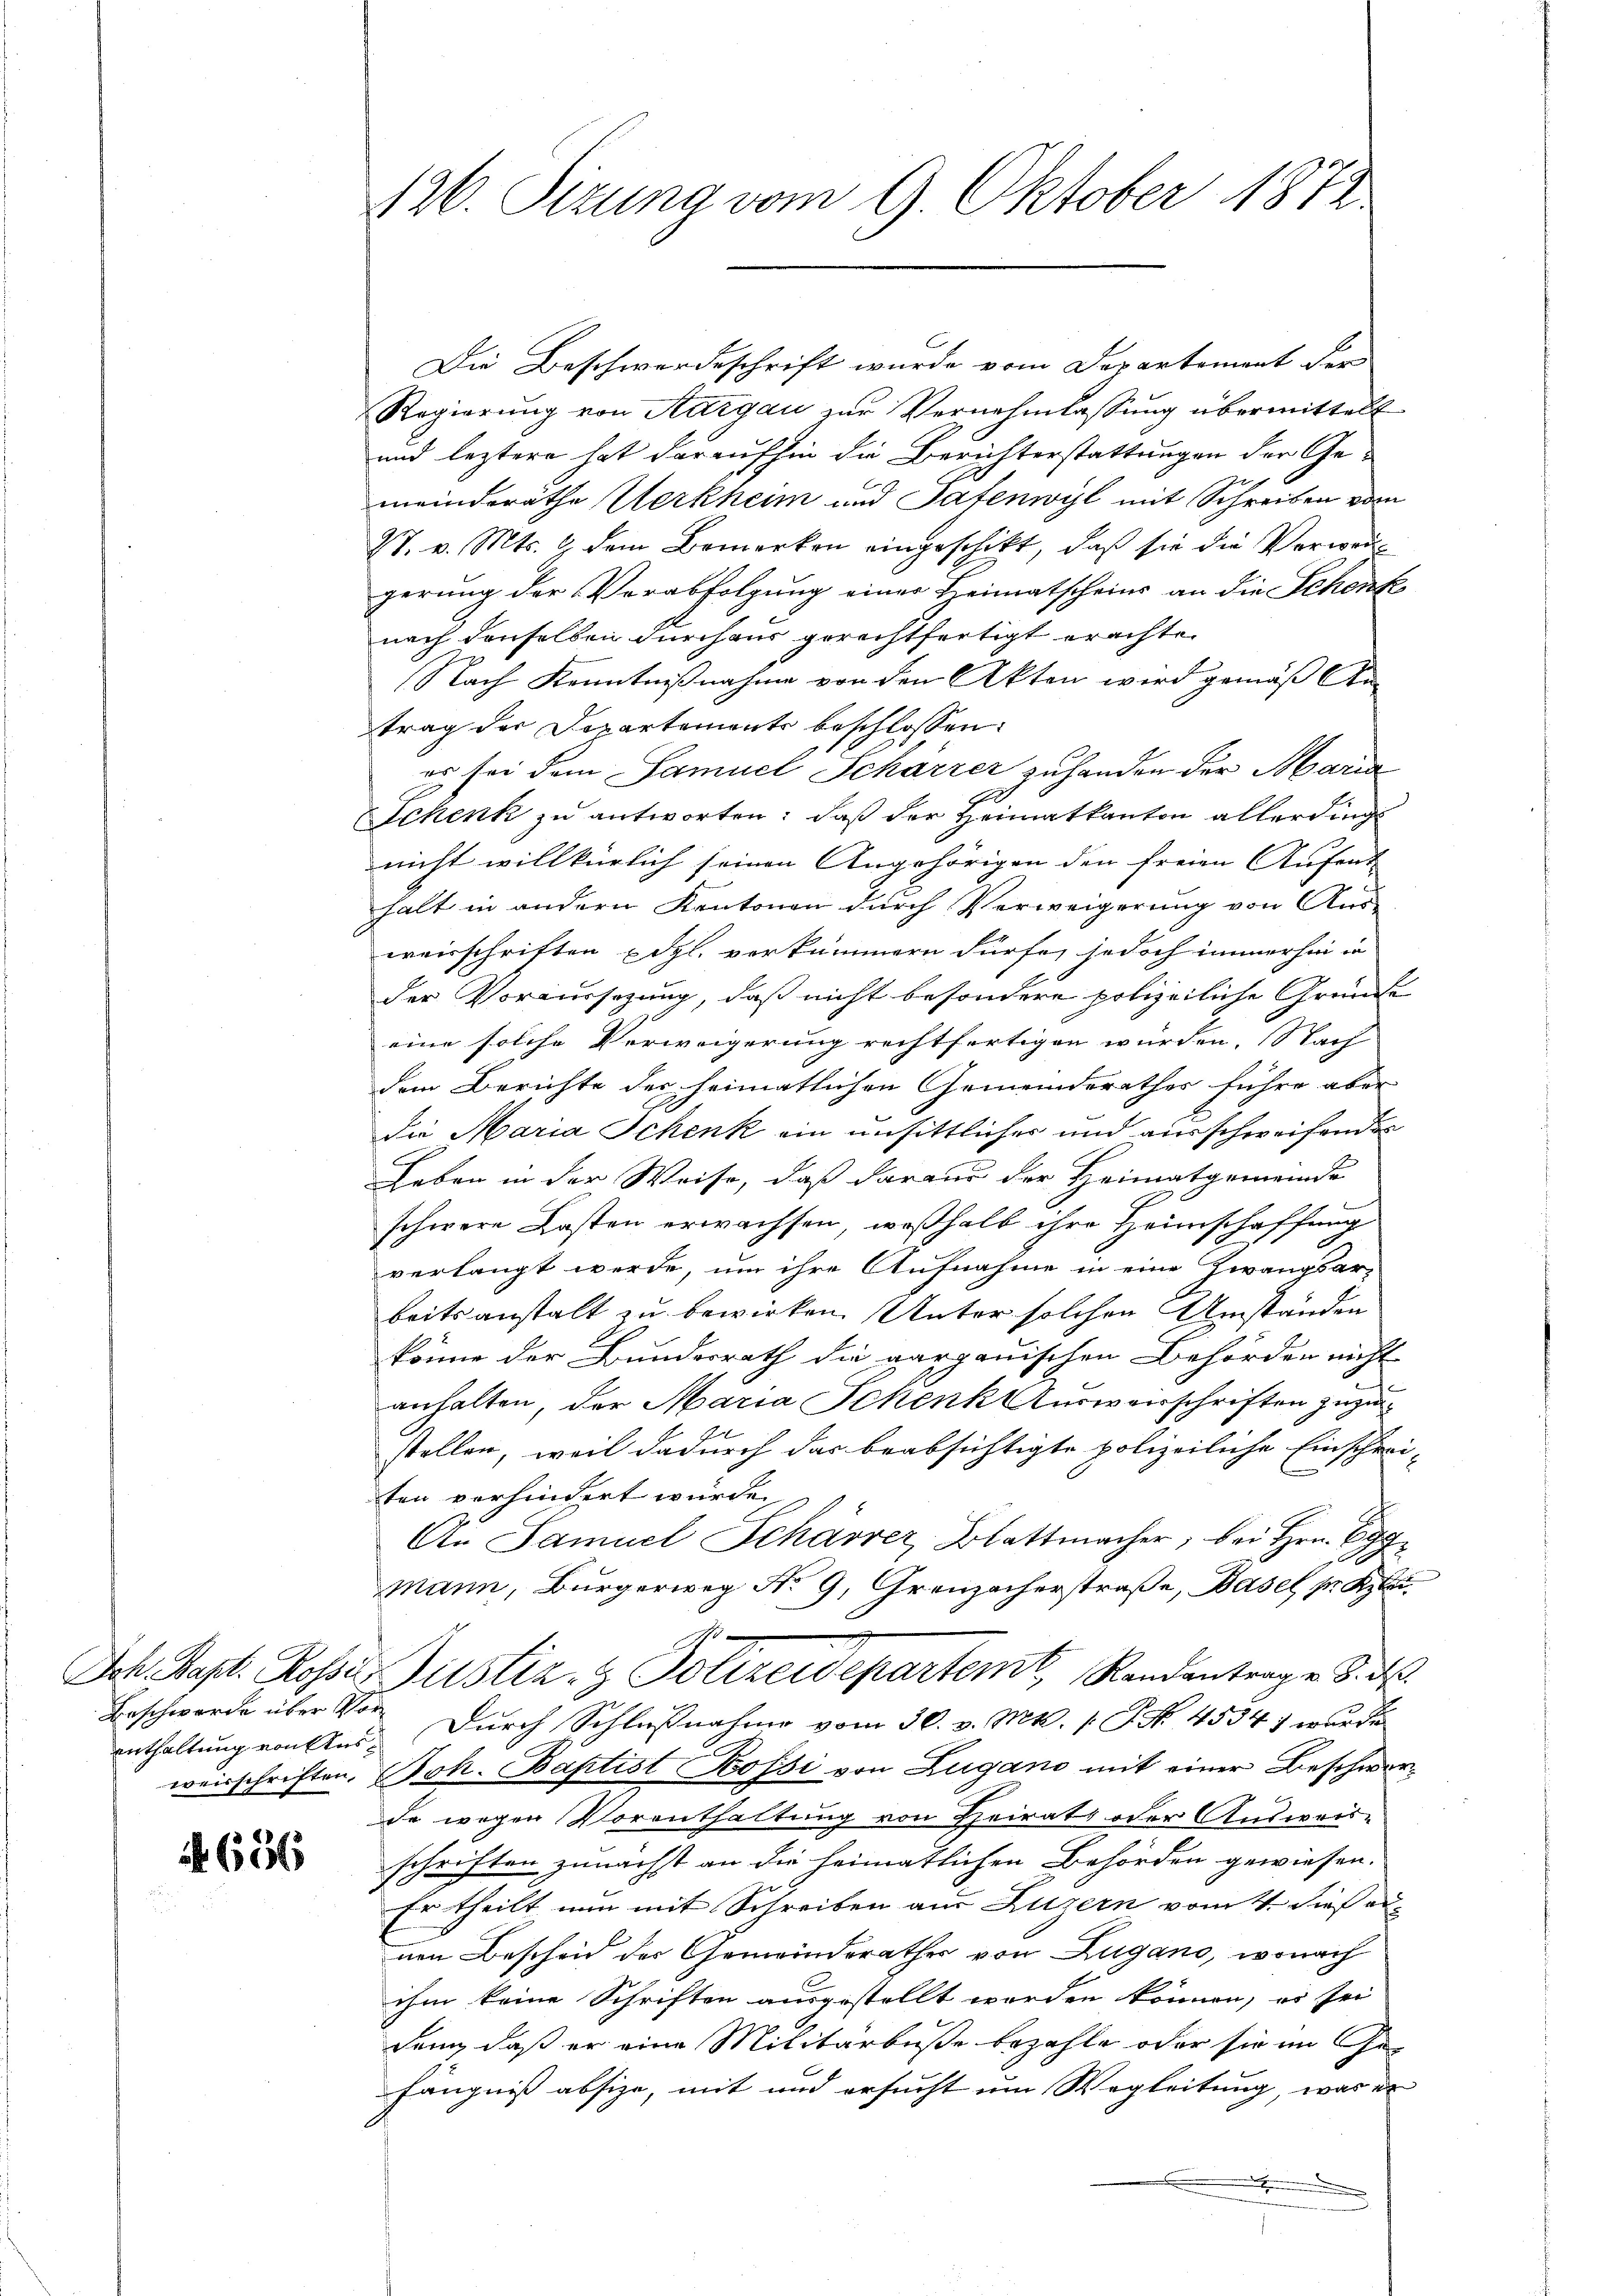
enthaltung von Aus¬

656

126. Sizung vom 9. Oktober 1872

Die Beschwerdeschrift wurde vom Departement der
Regierung von Aargau zur Vernehmlassung übermittelt
und leztere hat daraufhin die Berichterstattungen der Gemeindsräthe Werkheim und Patenwyl mit Schreiben von
27. v. Mts. 9 dem Bemerken eingeschikt, daß sie die Verweigerung der Verabfolgung einer Heimatscheins an die Schenk
nach denselben durchaus gerechtfertigt erachte.
Nach Kenntnißnahme von den Akten wird gemäß An
trag der Departements beschlossen:
er sei dem Samuel Scharrer zu handen der Maria
1
Schenk zu antworten: daß der Heimatkanton allerding
nicht willkürlich seinen Angehörigen den freien Aufent-
fhalt in andern Kantonen durch Verweigerung von Aus-
weisschriften dgl. verkümmern dürfe, jedoch immerhin in
der Voraussetzung, daß nicht besondere polizeiliche Gründe
eine solche Verweigerung rechtfertigen würden. Nach
dem Berichte der heimatlichen Gemeindsrathes führe aber
die Maria Schenk ein unsittlicher und ausschweifenden
Leben in der Weise, daß daraus der Heimatgemeinde
ung
schwere Kosten erwachsen, weßhalb ihre Heimschaffung
verlangt werde, um ihre Aufnahme in eine Zwangsar-
beitsanstalt zu bewirken. Unter solchen Umständen
könne der Bundesrath die aargauischen Behörden nicht
anhalten, der Maria Schenkt erweisschriften zuzustellen, weil dadurch das beabsichtigte polizeiliche Einschreiten vorhindert wurde.
Au Samuel Schärrer, Blattmacher, bei Hrn. C
mann, Bürgerweg No. 9, Greuzacherstraße, Basel pr Klei
Ich. Bapt. Rosses Justiz- & Polizeidepartemt, Randantragen 8. d.
Beschwerde über Vor Durch Schlußnahme vom 30. v. Mts. S. No. 4534) wurde
weisschriften. Joh. Baptist Kossi von Zugano mit einer Beschworde wegen Vorenthaltung von Heirat oder Ausweis-
schriften zunächst an die heimatlichen Behörden gewiesen.
Er theilt nun mit Schreiben aus Luzern vom 4. dieß ei
nen Bescheid der Gemeinderathes von Zugano, wonach
ihm keine Schriften ausgestellt worden können, es sei
dan, daß er eine Militärbuße bezahle oder sie im Gefängniß absize, mit und ersucht um Wegleitung, was er
n